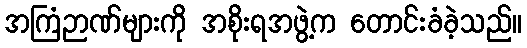
အကြံဉာဏ်များကို အစိုးရအဖွဲ့က တောင်းခံခဲ့သည်။